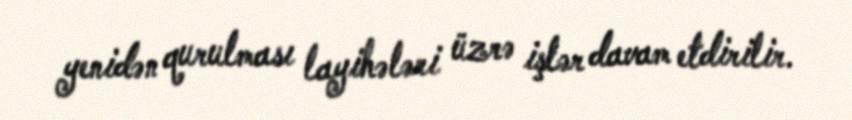
yenidən qurulması layihələri üzrə işlər davam etdirilir.